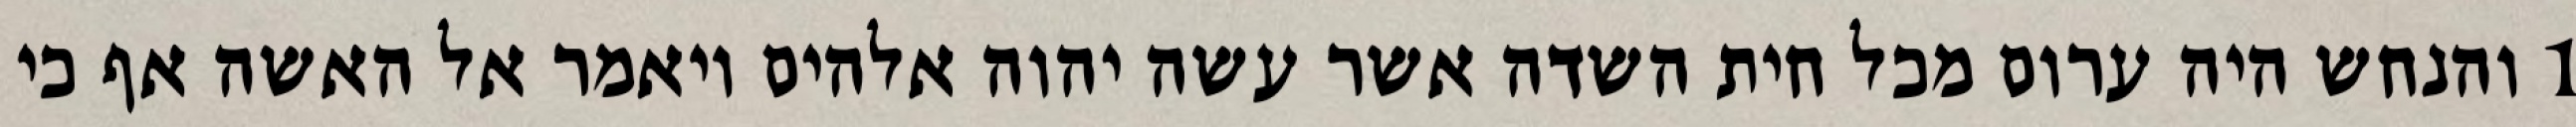
1 והנחש היה ערום מכל חית השדה אשר עשה יהוה אלהים ויאמר אל האשה אף כי